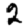
Digit: 2